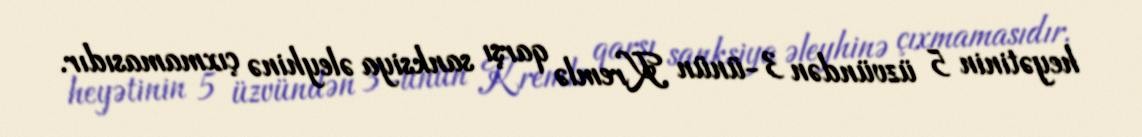
heyətinin 5 üzvündən 3-ünün Kremlə qarşı sanksiya əleyhinə çıxmamasıdır.